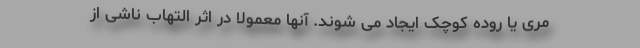
مری یا روده کوچک ایجاد می شوند. آنها معمولا در اثر التهاب ناشی از